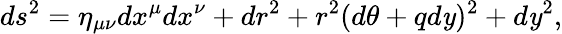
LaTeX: ds^{2}=\eta_{\mu\nu}dx^{\mu}dx^{\nu}+dr^{2}+r^{2}(d\theta+qd\mathit{y})^{2}+d\mathit{y}^{2},